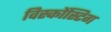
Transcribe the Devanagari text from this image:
विस्कोंस्टिग